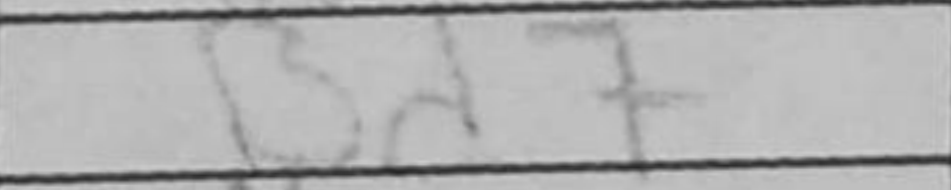
Transcription: Bd7